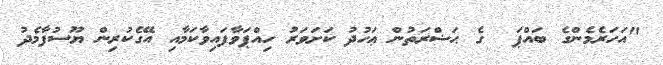
"އަހަރެމެންގެ ބައްޕަ  ގެ ޙަޟްރަތުން ޢަހުދު ކަށަވަރު ހިއްޕަވާފައިވާކަމާއި އޭގެކުރިން ޔޫސުފާމެދު